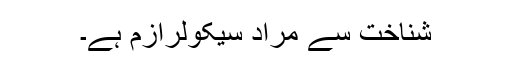
شناخت سے مراد سیکولرازم ہے۔